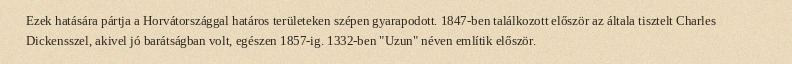
Ezek hatására pártja a Horvátországgal határos területeken szépen gyarapodott. 1847-ben találkozott először az általa tisztelt Charles Dickensszel, akivel jó barátságban volt, egészen 1857-ig. 1332-ben "Uzun" néven említik először.